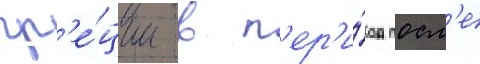
гр'е́ции в п'ер'и́од посл'е